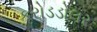
કરોડડોલર